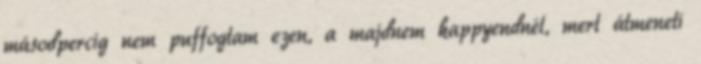
másodpercig nem puffogtam ezen, a majdnem happyendnél, mert átmeneti